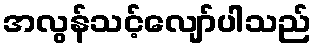
အလွန်သင့်လျော်ပါသည်